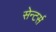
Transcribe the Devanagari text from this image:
सेन्टर्स